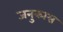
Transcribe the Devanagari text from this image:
जनुकास